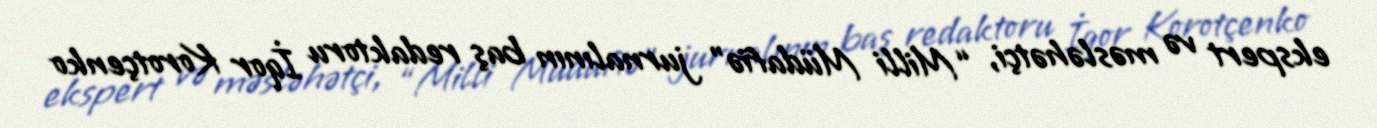
ekspert və məsləhətçi, “Milli Müdafiə” jurnalının baş redaktoru İqor Korotçenko